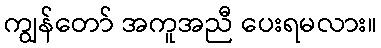
ကျွန်တော် အကူအညီ ပေးရမလား။